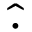
\hat { \cdot }